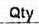
QTY